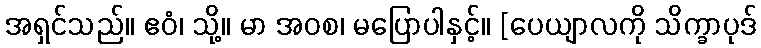
အရှင်သည်။ ဧဝံ၊ သို့။ မာ အဝစ၊ မပြောပါနှင့်။ [ပေယျာလကို သိက္ခာပုဒ်